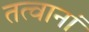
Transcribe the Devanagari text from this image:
तत्वानां